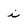
Character: i